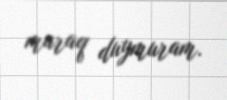
maraq duymuram.